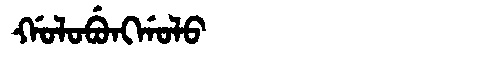
Manchu: ᡤᠣᠯᠣᠪᡠᠩᡤᠣᠯᠣ
Romanization: GOLOBUNGGOLO